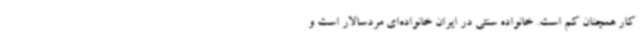
کار همچنان کم است. خانواده سنتی در ایران خانواده‌ای مردسالار است و